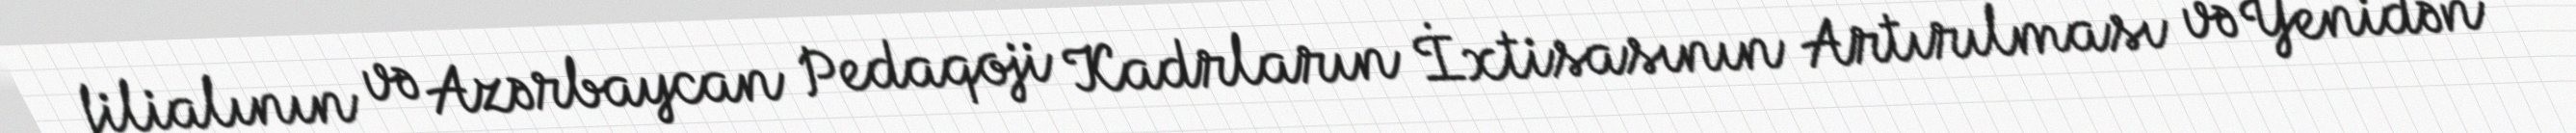
filialının və Azərbaycan Pedaqoji Kadrların İxtisasının Artırılması və Yenidən